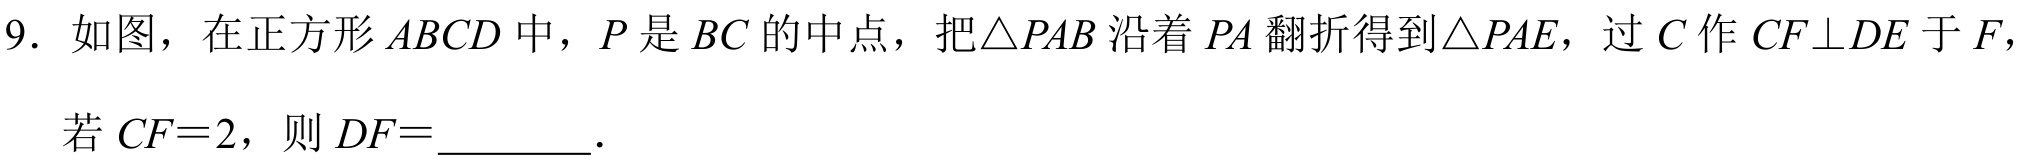
9. 如图，在正方形\(ABCD\)中，\(P\)是\(BC\)的中点，把\(\triangle PAB\)沿着\(PA\)翻折得到\(\triangle PAE\)，过\(C\)作\(CF\perp DE\)于\(F\)，
若\(CF = 2\)，则\(DF=\underline{\quad\quad}\).